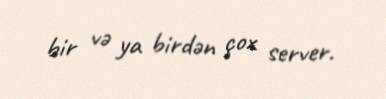
bir və ya birdən çox server.